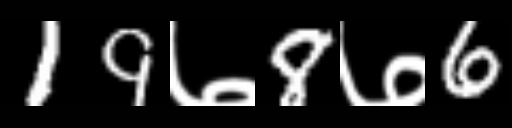
Text: 19७8७6